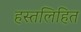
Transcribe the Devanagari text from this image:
हस्तलिहित